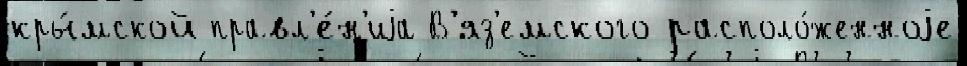
кры́мской правл'е́н'иjа В'яз'емского располо́женноjе